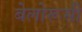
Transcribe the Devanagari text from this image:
बेलोरूसी